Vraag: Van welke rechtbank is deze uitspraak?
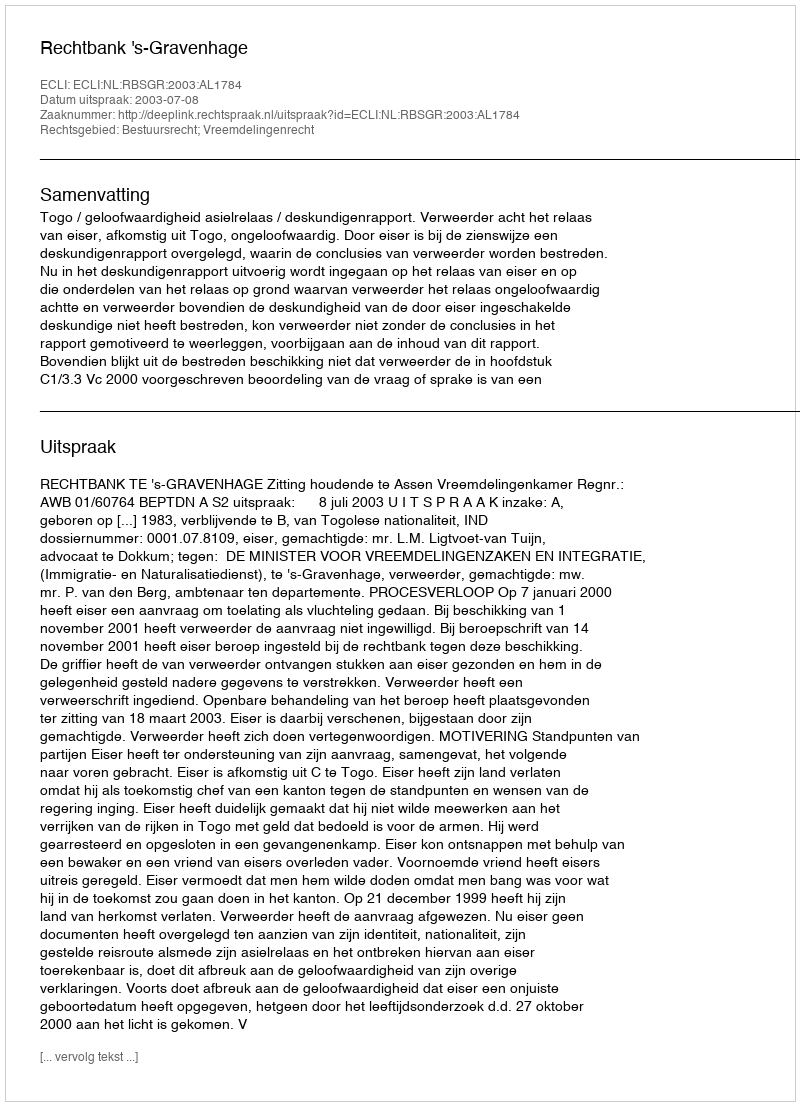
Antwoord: Rechtbank 's-Gravenhage